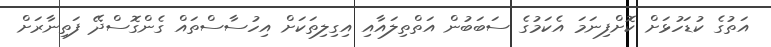
އަތުގެ ކުޑަހުޅަށް ކޮށްފިނަމަ އެކަމުގެ ސަބަބުން އަތްތިލައާއި އިގިލިތަކަށް އިހުސާސްތައް ގެންގޮސްދޭ ފަތިނާރަށް